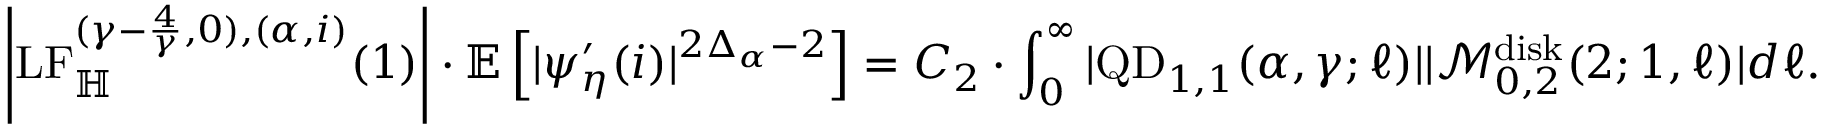
\left| \mathrm { L F } _ { \mathbb H } ^ { ( \gamma - \frac { 4 } { \gamma } , 0 ) , ( \alpha , i ) } ( 1 ) \right| \cdot \mathbb E \left[ | \psi _ { \eta } ^ { \prime } ( i ) | ^ { 2 \Delta _ { \alpha } - 2 } \right] = C _ { 2 } \cdot \int _ { 0 } ^ { \infty } | \mathrm { Q D } _ { 1 , 1 } ( \alpha , \gamma ; \ell ) | | \mathcal M _ { 0 , 2 } ^ { \mathrm { d i s k } } ( 2 ; 1 , \ell ) | d \ell .